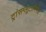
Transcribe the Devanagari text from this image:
ट्रांसग्लूटामिनेज़